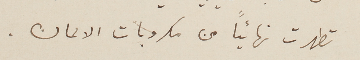
تطهرت نهائياً من مكروبات الالمان.